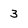
Character: 3